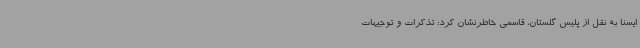
ایسنا به نقل از پلیس گلستان، قاسمی خاطرنشان کرد: تذکرات و توجیهات